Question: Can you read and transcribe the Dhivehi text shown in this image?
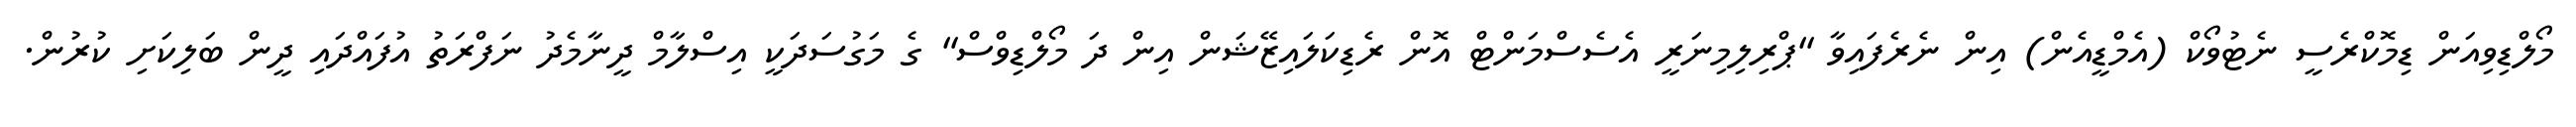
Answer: މޯލްޑިވިއަން ޑިމޮކްރެސީ ނެޓުވޯކް (އެމްޑީއެން) އިން ނެރެފައިވާ "ޕްރިލިމިނަރީ އެސެސްމަންޓް އޮން ރެޑިކަލައިޒޭޝަން އިން ދަ މޯލްޑިވްސް" ގެ މަގުސަދަކީ އިސްލާމް ދީނާމެދު ނަފްރަތު އުފައްދައި ދީން ބަލިކަށި ކުރުން.